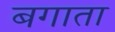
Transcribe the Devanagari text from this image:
बगाता